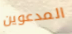
المدعوين